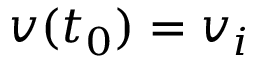
v ( t _ { 0 } ) = v _ { i }